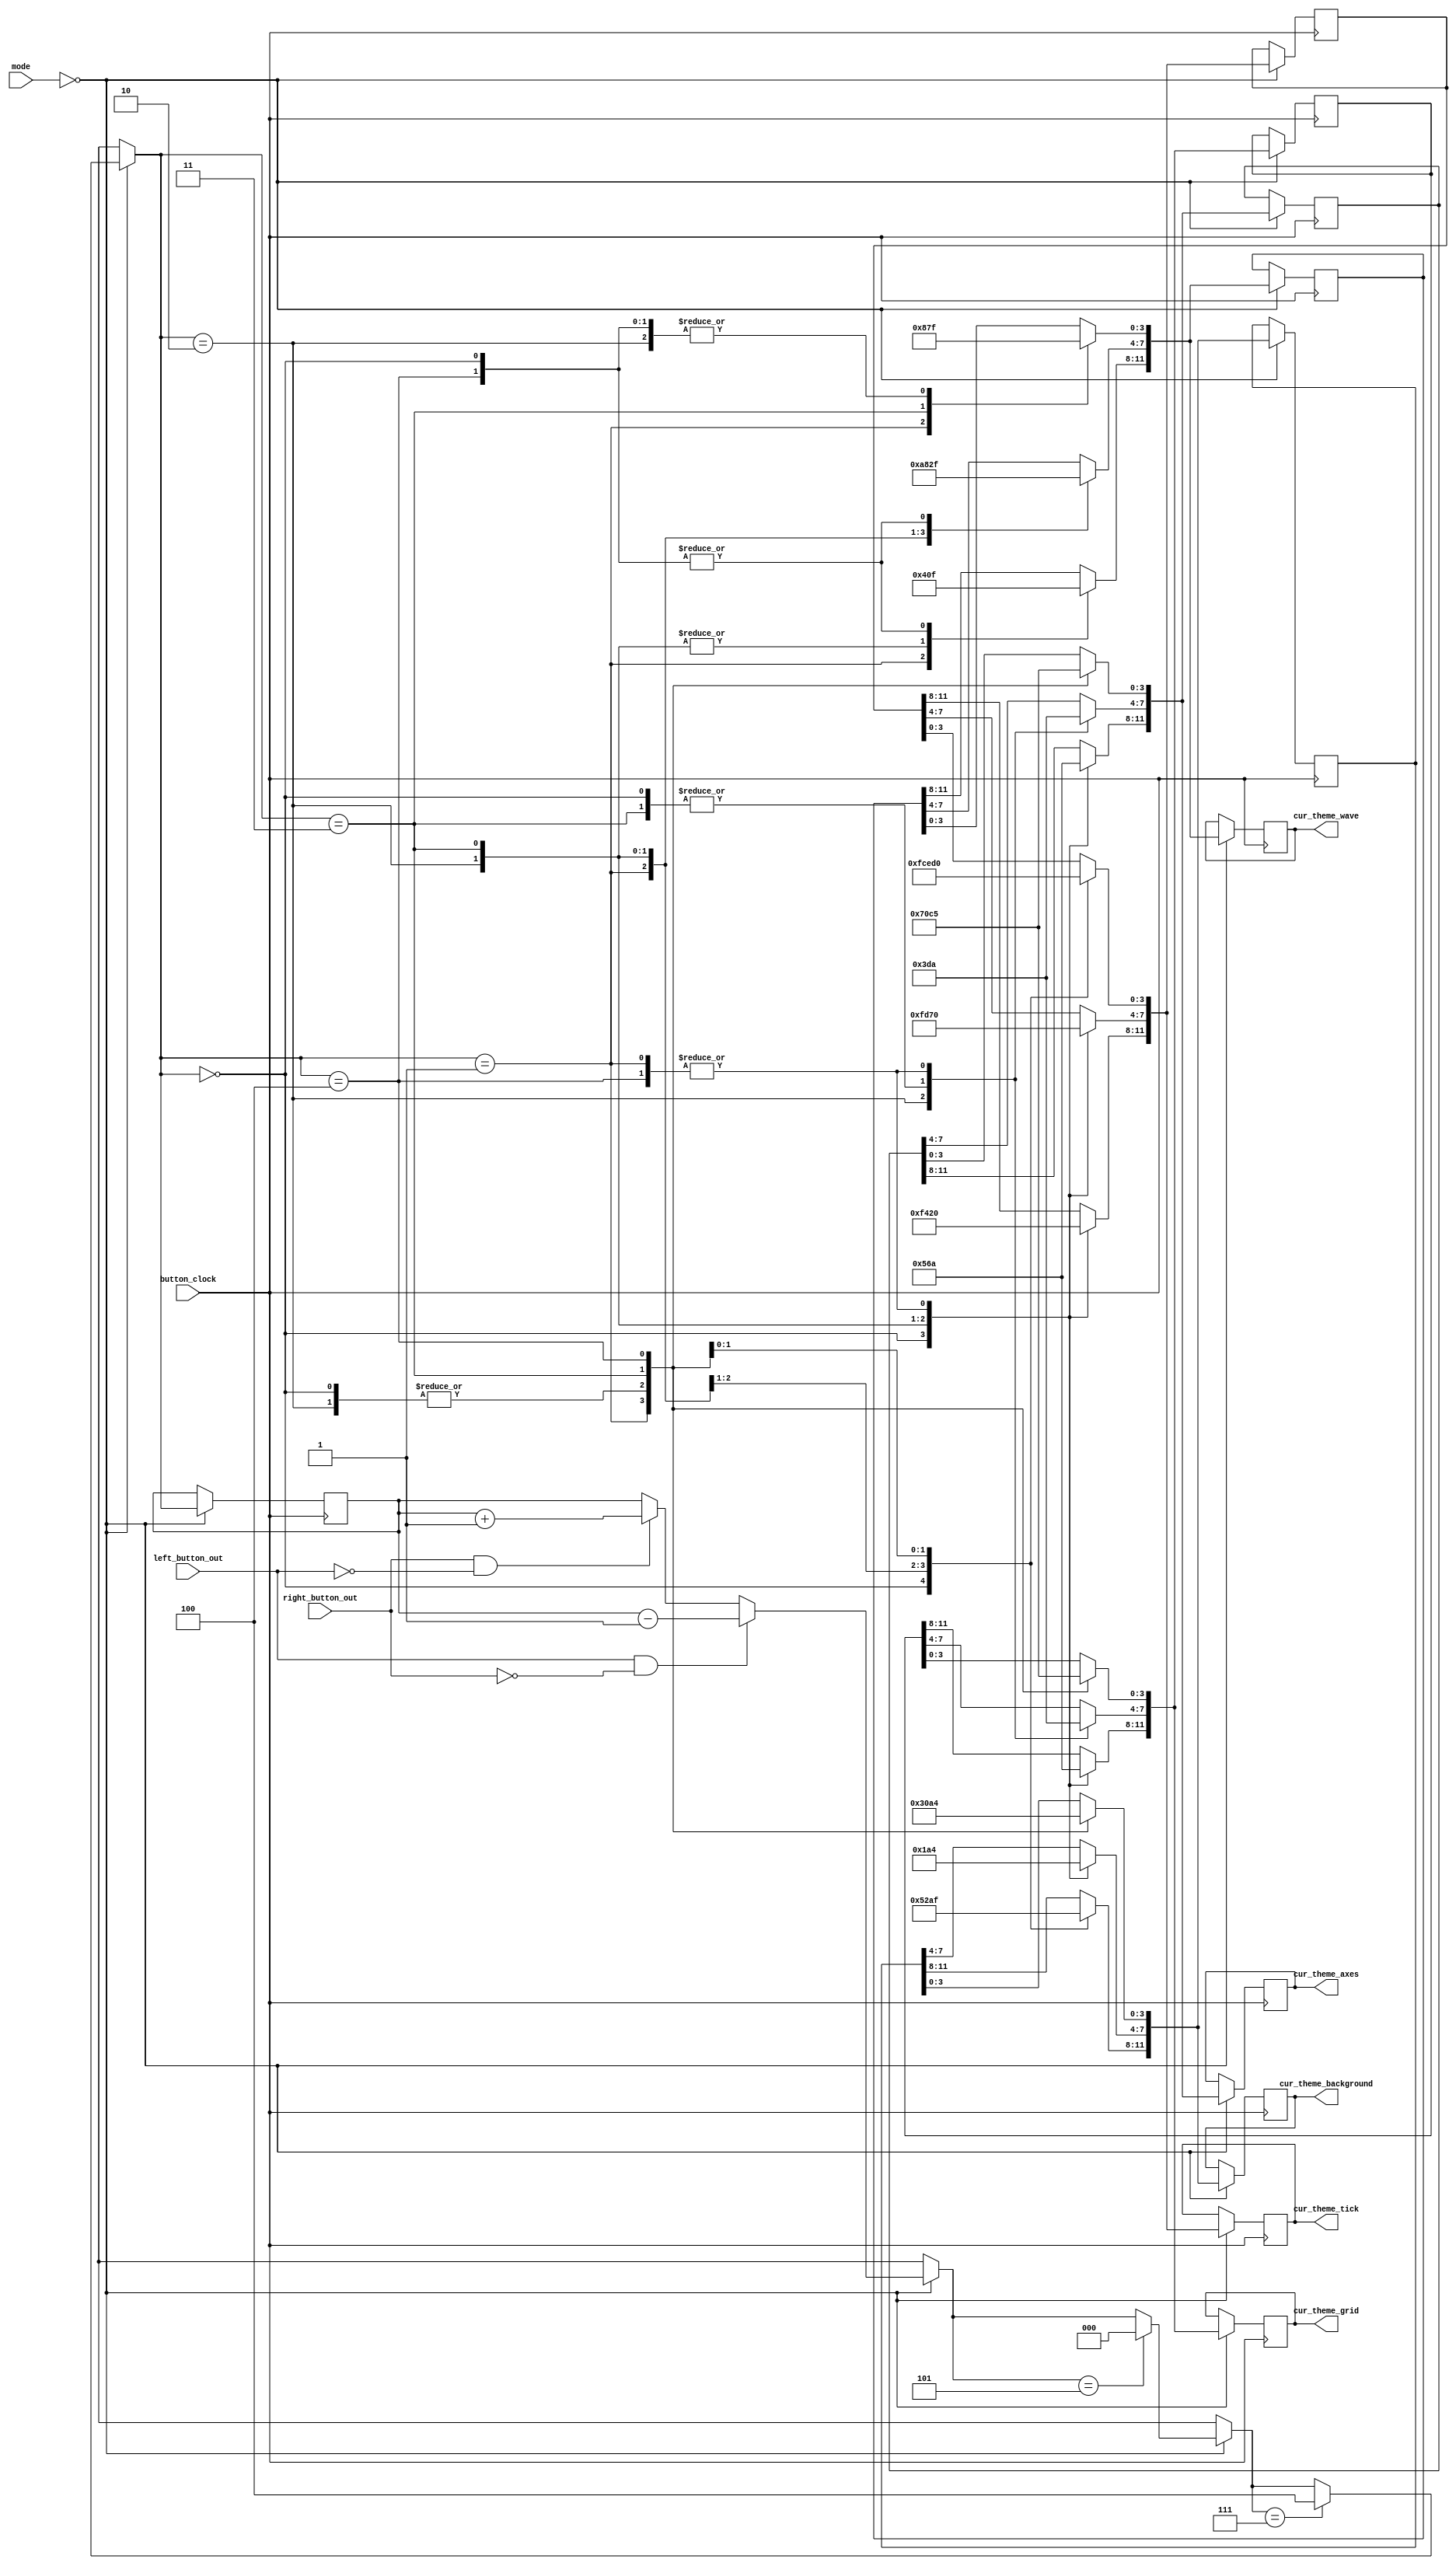
`timescale 1ns / 1ps
//////////////////////////////////////////////////////////////////////////////////
// Company: 
// Engineer: 
// 
// Design Name: 
// Module Name: theme_selector
// Project Name: 
// Target Devices: 
// Tool Versions: 
// Description: 
// 
// Dependencies: 
// 
// Revision:
// Revision 0.01 - File Created
// Additional Comments:
// 
//////////////////////////////////////////////////////////////////////////////////


module theme_selector(
        input button_clock,
        input left_button_out,
        input right_button_out,
        output reg [11:0] cur_theme_wave,
        output reg [11:0] cur_theme_axes,
        output reg [11:0] cur_theme_grid,
        output reg [11:0] cur_theme_tick,
        output reg [11:0] cur_theme_background,
        input [1:0] mode
    );
    
    reg [11:0] cur_theme[0:4];
    reg [2:0] theme_counter = 0; // This value goes from 0 to a max of 4.
    
    always @ (posedge button_clock) begin
        if (mode == 0) begin
            if (left_button_out == 1 && right_button_out == 0) begin
                theme_counter = theme_counter - 1;
            end
            else if (right_button_out == 1 && left_button_out == 0) begin
                theme_counter = theme_counter + 1;
            end
            
            if (theme_counter == 5) theme_counter = 0;
            if (theme_counter == 7) theme_counter = 4;
            
            case (theme_counter)
                0: begin //Default
                    // Wave
                    cur_theme[0][3:0] = 4'hf;
                    cur_theme[0][7:4] = 4'hf;
                    cur_theme[0][11:8] = 4'hf;
                    // Axes
                    cur_theme[1][3:0] = 4'h0;
                    cur_theme[1][7:4] = 4'hD;
                    cur_theme[1][11:8] = 4'h0;
                    // Grid
                    cur_theme[2][3:0] = 4'h0;
                    cur_theme[2][7:4] = 4'hd;
                    cur_theme[2][11:8] = 4'h0;
                    // Tick
                    cur_theme[3][3:0] = 4'hf;
                    cur_theme[3][7:4] = 4'hf;
                    cur_theme[3][11:8] = 4'hf;
                    //Background
                    cur_theme[4][3:0] = 4'h0;
                    cur_theme[4][7:4] = 4'h0;
                    cur_theme[4][11:8] = 4'h0;
                end
                1: begin //Playful greens and blues
                    // Wave
                    cur_theme[0][3:0] = 4'h8;
                    cur_theme[0][7:4] = 4'ha;
                    cur_theme[0][11:8] = 4'h4;
                    // Axes
                    cur_theme[1][3:0] = 4'h7;
                    cur_theme[1][7:4] = 4'ha;
                    cur_theme[1][11:8] = 4'ha;
                    // Grid
                    cur_theme[2][3:0] = 4'h7;
                    cur_theme[2][7:4] = 4'ha;
                    cur_theme[2][11:8] = 4'ha;
                    // Tick
                    cur_theme[3][3:0] = 4'hc;
                    cur_theme[3][7:4] = 4'h0;
                    cur_theme[3][11:8] = 4'h0;
                    //Background
                    cur_theme[4][3:0] = 4'h3;
                    cur_theme[4][7:4] = 4'h4;
                    cur_theme[4][11:8] = 4'h5;
                end
                2: begin //Day and Night
                    // Wave
                    cur_theme[0][3:0] = 4'hf;
                    cur_theme[0][7:4] = 4'h8;
                    cur_theme[0][11:8] = 4'h0;
                    // Axes
                    cur_theme[1][3:0] = 4'h0;
                    cur_theme[1][7:4] = 4'h3;
                    cur_theme[1][11:8] = 4'h5;
                    // Grid
                    cur_theme[2][3:0] = 4'h0;
                    cur_theme[2][7:4] = 4'h3;
                    cur_theme[2][11:8] = 4'h5;
                    // Tick
                    cur_theme[3][3:0] = 4'he;
                    cur_theme[3][7:4] = 4'hd;
                    cur_theme[3][11:8] = 4'h4;
                    //Background
                    cur_theme[4][3:0] = 4'h0;
                    cur_theme[4][7:4] = 4'h1;
                    cur_theme[4][11:8] = 4'h2;
                end
                3: begin //Modern and crisp
                    // Wave
                    cur_theme[0][3:0] = 4'h7;
                    cur_theme[0][7:4] = 4'h2;
                    cur_theme[0][11:8] = 4'h0;
                    // Axes
                    cur_theme[1][3:0] = 4'hc;
                    cur_theme[1][7:4] = 4'hd;
                    cur_theme[1][11:8] = 4'h6;
                    // Grid
                    cur_theme[2][3:0] = 4'hc;
                    cur_theme[2][7:4] = 4'hd;
                    cur_theme[2][11:8] = 4'h6;
                    // Tick
                    cur_theme[3][3:0] = 4'hd;
                    cur_theme[3][7:4] = 4'h7;
                    cur_theme[3][11:8] = 4'h2;
                    //Background
                    cur_theme[4][3:0] = 4'ha;
                    cur_theme[4][7:4] = 4'ha;
                    cur_theme[4][11:8] = 4'ha;
                end
                4: begin //Fun and tropical
                    // Wave
                    cur_theme[0][3:0] = 4'hf;
                    cur_theme[0][7:4] = 4'hf;
                    cur_theme[0][11:8] = 4'hf;
                    // Axes
                    cur_theme[1][3:0] = 4'h5;
                    cur_theme[1][7:4] = 4'ha;
                    cur_theme[1][11:8] = 4'ha;
                    // Grid
                    cur_theme[2][3:0] = 4'h5;
                    cur_theme[2][7:4] = 4'ha;
                    cur_theme[2][11:8] = 4'ha;
                    // Tick
                    cur_theme[3][3:0] = 4'h0;
                    cur_theme[3][7:4] = 4'h0;
                    cur_theme[3][11:8] = 4'h0;
                    //Background
                    cur_theme[4][3:0] = 4'h4;
                    cur_theme[4][7:4] = 4'h4;
                    cur_theme[4][11:8] = 4'hf;
                end
            endcase
            
            cur_theme_wave = cur_theme[0];
            cur_theme_axes = cur_theme[1];
            cur_theme_grid = cur_theme[2];
            cur_theme_tick = cur_theme[3];
            cur_theme_background = cur_theme[4];
        end
    end     
endmodule